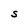
Character: S